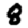
Digit: 8